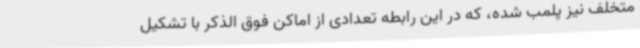
متخلف نیز پلمب شده، که در این رابطه تعدادی از اماکن فوق الذکر با تشکیل